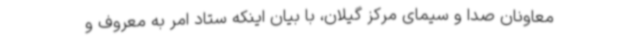
معاونان صدا و سیمای مرکز گیلان، با بیان اینکه ستاد امر به معروف و